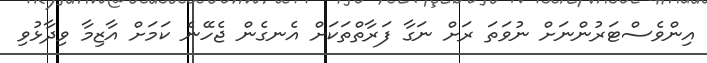
އިންވެސްޓަރުންނަށް ނުވަތަ ރަށް ނަގާ ފަރާތްތަކަށް އެނގެން ޖެހޭނެ ކަމަށް އާޒިމާ ވިދާޅުވި